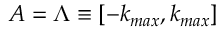
A = \Lambda \equiv [ - k _ { m a x } , k _ { m a x } ]